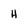
Character: H